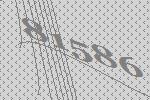
81586